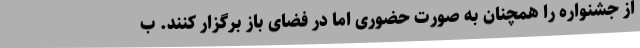
از جشنواره را همچنان به صورت حضوری اما در فضای باز برگزار کنند. ب